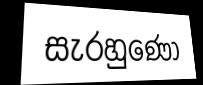
සැරහුණෝ